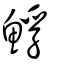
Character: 䱐